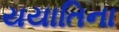
યયાતિના